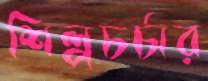
শিল্পচর্চার